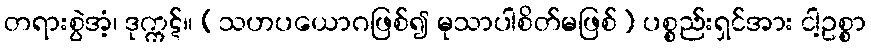
တရားစွဲအံ့၊ ဒုက္ကဋ်။ (သဟပယောဂဖြစ်၍ မုသာပါစိတ်မဖြစ်) ပစ္စည်းရှင်အား ငါ့ဥစ္စာ